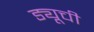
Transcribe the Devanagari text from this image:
ड्यूची